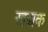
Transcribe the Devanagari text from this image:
खद्यक